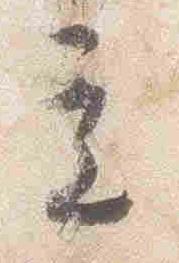
立